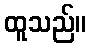
ထူသည်။